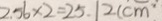
2 . 5 6 \times 2 = 2 5 . 1 2 ( c m ^ { 2 }